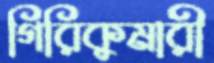
গিরিকুমারী